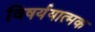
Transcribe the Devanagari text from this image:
विषर्ययात्मक